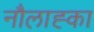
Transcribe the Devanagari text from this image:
नौलाह्का